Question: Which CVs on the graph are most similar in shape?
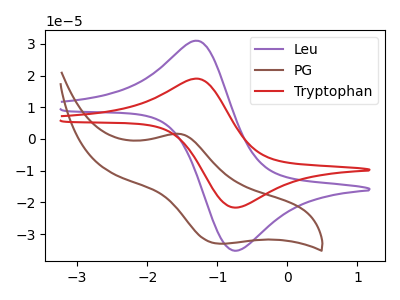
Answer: <think>The purple curve "Leu" has an anodic peak at (-1.25V, 30.95uA) and a cathodic peak at (-0.75V, -35.25uA). The brown curve "PG" has an anodic peak at (-1.55V, 1.60uA) and a cathodic peak at (-1.00V, -33.05uA). The red curve "Tryptophan" has an anodic peak at (-1.25V, 19.00uA) and a cathodic peak at (-0.75V, -21.65uA).
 "Leu" and "PG" have at least one peak that do not match. All the peaks in "Leu" have a peak in "Tryptophan" at the same potential. Every peak in "Leu" is higher than every peak in "Tryptophan". "PG" and "Tryptophan" have at least one peak that do not match.</think>
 <answer>"Leu" and "Tryptophan" have the same shape and are likely CV's of the same chemical.</answer>
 <eval>"Leu" "Tryptophan"</eval>